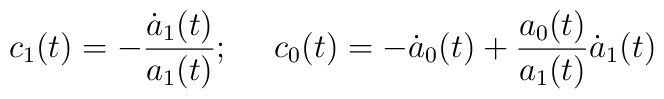
c_1(t) = - \frac{\dot a_1(t)}{a_1(t)}; ~~~~ c_0(t) = - \dot a_0(t)+\frac{a_0(t)}{a_1(t)}\dot a_1(t)